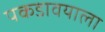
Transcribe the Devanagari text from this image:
पकडावयाला